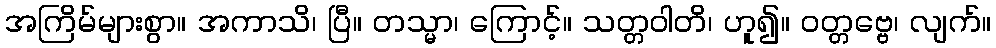
အကြိမ်များစွာ။ အကာသိ၊ ပြီ။ တသ္မာ၊ ကြောင့်။ သတ္တဝါတိ၊ ဟူ၍။ ဝတ္တဗ္ဗေ၊ လျက်။